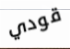
قودي